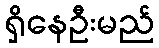
ရှိနေဦးမည်